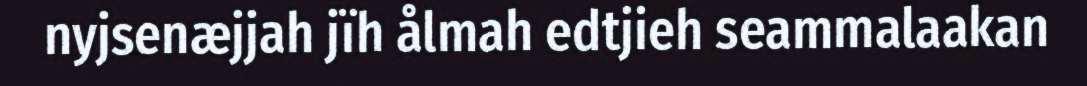
nyjsenæjjah jïh ålmah edtjieh seammalaakan